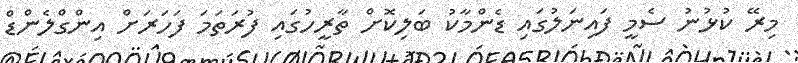
މިރޭ ކުޅުނު ސެމީ ފައިނަލުގައި ޑެންމާކު ބަލިކޮށް ތާރީހުގައި ފުރަތަމަ ފަހަރަށް އިންގްލެންޑް